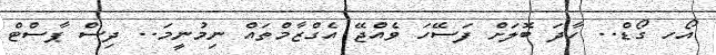
އޯހ ގޯޑް.. ހާދަ ބޮލަށް ފަސޭހަ ވެއްޖޭ އެގްޒާމްތައް ނިމުނީމަ.. ދިސް ޕާސްޓް